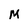
Character: M